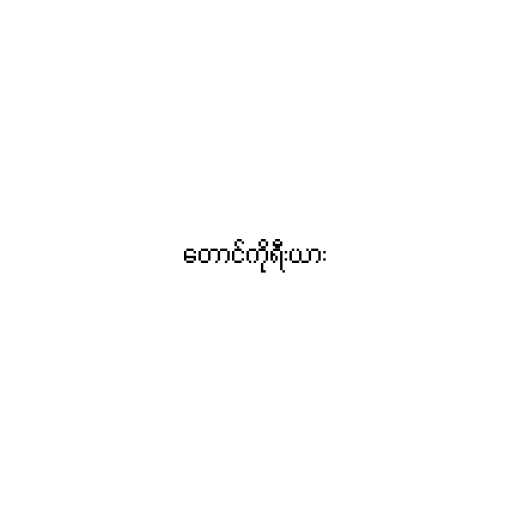
တောင်ကိုရီးယား